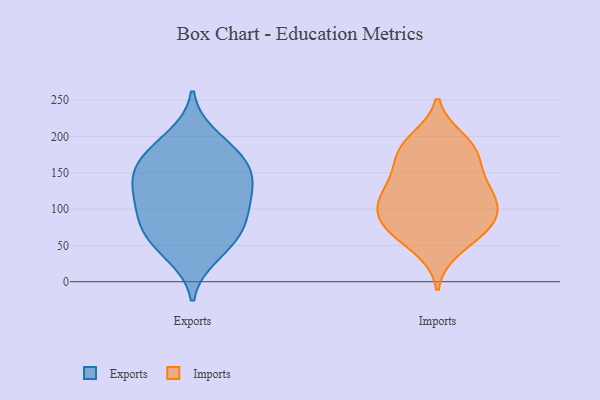
{"axis": {"x": "Bounce Rate (%)", "y": "Value"}, "legend": ["Exports", "Imports"], "data": [{"x": "", "y": 200, "type": "Exports"}, {"x": "", "y": 137, "type": "Exports"}, {"x": "", "y": 49, "type": "Exports"}, {"x": "", "y": 160, "type": "Exports"}, {"x": "", "y": 109, "type": "Exports"}, {"x": "", "y": 137, "type": "Exports"}, {"x": "", "y": 101, "type": "Exports"}, {"x": "", "y": 36, "type": "Exports"}, {"x": "", "y": 78, "type": "Exports"}, {"x": "", "y": 171, "type": "Exports"}, {"x": "", "y": 75, "type": "Exports"}, {"x": "", "y": 68, "type": "Exports"}, {"x": "", "y": 120, "type": "Exports"}, {"x": "", "y": 181, "type": "Exports"}, {"x": "", "y": 154, "type": "Exports"}, {"x": "", "y": 97, "type": "Imports"}, {"x": "", "y": 120, "type": "Imports"}, {"x": "", "y": 75, "type": "Imports"}, {"x": "", "y": 175, "type": "Imports"}, {"x": "", "y": 160, "type": "Imports"}, {"x": "", "y": 140, "type": "Imports"}, {"x": "", "y": 104, "type": "Imports"}, {"x": "", "y": 101, "type": "Imports"}, {"x": "", "y": 45, "type": "Imports"}, {"x": "", "y": 75, "type": "Imports"}, {"x": "", "y": 118, "type": "Imports"}, {"x": "", "y": 131, "type": "Imports"}, {"x": "", "y": 78, "type": "Imports"}, {"x": "", "y": 64, "type": "Imports"}, {"x": "", "y": 181, "type": "Imports"}, {"x": "", "y": 189, "type": "Imports"}, {"x": "", "y": 195, "type": "Imports"}]}